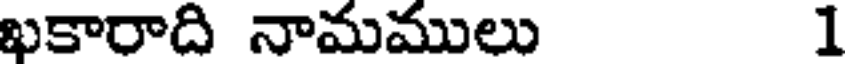
ఖకారాది నామములు 1